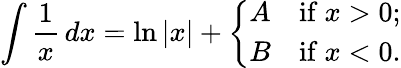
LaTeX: \int{\frac{1}{x}}\, dx=\ln|x|+{\left\{ \begin{array}{ll}{A}&{{\mathrm{if~}}x>0;}\\ {B}&{{\mathrm{if~}}x<0.}\end{array}\right.}